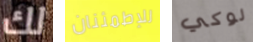
لك للإطمئنان لوكي